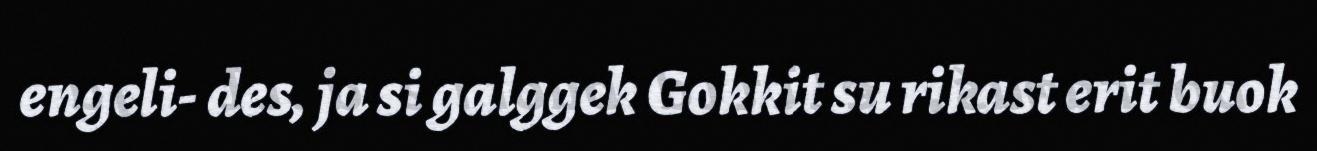
engeli- des, ja si galggek Gokkit su rikast erit buok